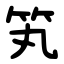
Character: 笂